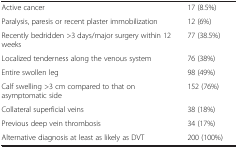
| <COLSPAN=2>  |
 | --- | --- |
 | Active cancer | 17 (8.5%) |
 | Paralysis, paresis or recent plaster immobilization | 12 (6%) |
 | Recently bedridden >3 days/major surgery within 12 weeks | 77 (38.5%) |
 | Localized tenderness along the venous system | 76 (38%) |
 | Entire swollen leg | 98 (49%) |
 | Calf swelling >3 cm compared to that on asymptomatic side | 152 (76%) |
 | Collateral superficial veins | 38 (18%) |
 | Previous deep vein thrombosis | 34 (17%) |
 | Alternative diagnosis at least as likely as DVT | 200 (100%) |